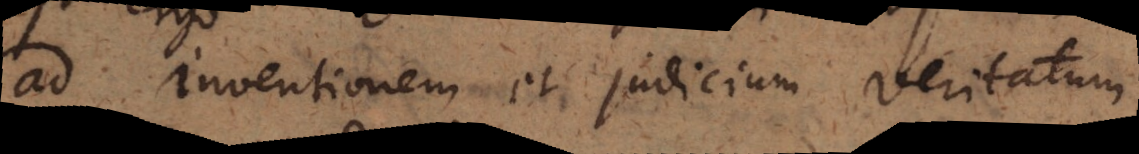
ad inventionem et judicium veritatum